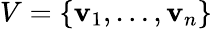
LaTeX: V=\{ \mathbf{v}_{1},\ldots,\mathbf{v}_{n}\}